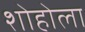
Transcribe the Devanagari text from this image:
शोहोला